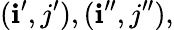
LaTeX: (\mathbf{i}^{\prime},j^{\prime}),(\mathbf{i}^{\prime\prime},j^{\prime\prime}),